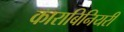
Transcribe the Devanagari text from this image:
काराबिनियरी